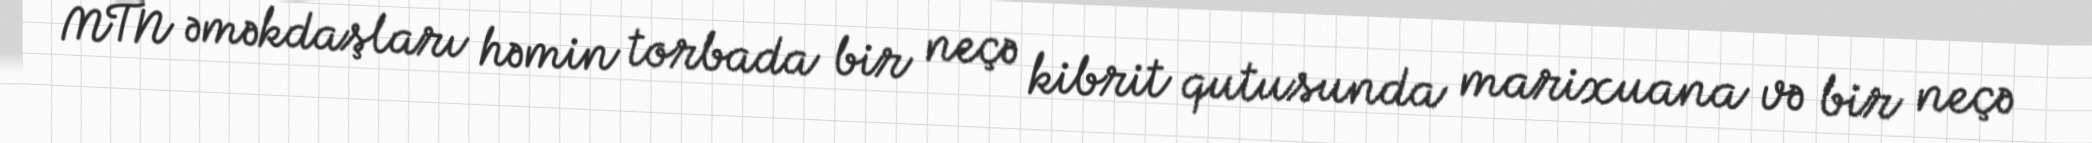
MTN əməkdaşları həmin torbada bir neçə kibrit qutusunda marixuana və bir neçə